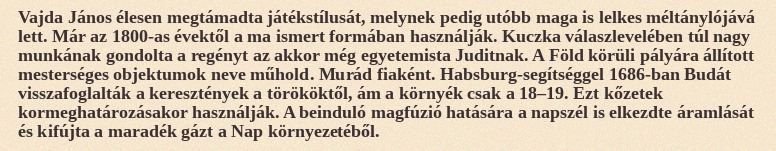
Vajda János élesen megtámadta játékstílusát, melynek pedig utóbb maga is lelkes méltánylójává lett. Már az 1800-as évektől a ma ismert formában használják. Kuczka válaszlevelében túl nagy munkának gondolta a regényt az akkor még egyetemista Juditnak. A Föld körüli pályára állított mesterséges objektumok neve műhold. Murád fiaként. Habsburg-segítséggel 1686-ban Budát visszafoglalták a keresztények a törököktől, ám a környék csak a 18–19. Ezt kőzetek kormeghatározásakor használják. A beinduló magfúzió hatására a napszél is elkezdte áramlását és kifújta a maradék gázt a Nap környezetéből.